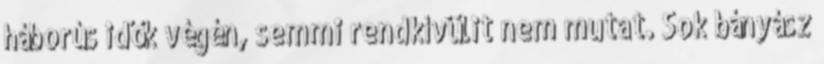
háborús idők végén, semmi rendkívülit nem mutat. Sok bányász